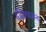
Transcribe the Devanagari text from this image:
हृद्विकारजन्य